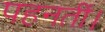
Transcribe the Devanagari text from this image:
पहनतीं।